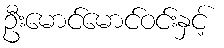
ဦးမောင်မောင်ဝင်းနှင့်